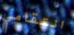
انتقامي